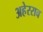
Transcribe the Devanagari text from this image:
अहेरराव